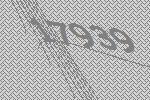
17939